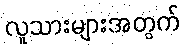
လူသားများအတွက်